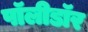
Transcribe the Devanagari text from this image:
पॉलीडॉर